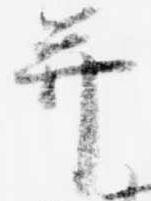
并